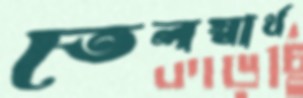
তেলস্বার্থ